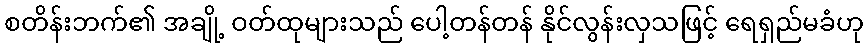
စတိန်းဘက်၏ အချို့ ဝတ်ထုများသည် ပေါ့တန်တန် နိုင်လွန်းလှသဖြင့် ရေရှည်မခံဟု